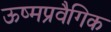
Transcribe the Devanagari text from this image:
ऊष्मप्रवैगिक